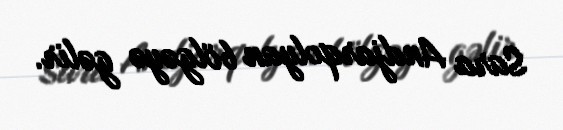
Sara Andjarqolyan bölgəyə gəlir.